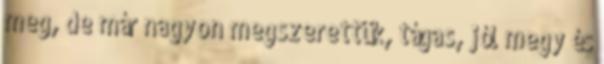
meg, de már nagyon megszerettük, tágas, jól megy és